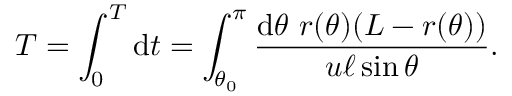
T = \int _ { 0 } ^ { T } \mathrm { d } t = \int _ { \theta _ { 0 } } ^ { \pi } \frac { \mathrm { d } \theta \ r ( \theta ) ( L - r ( \theta ) ) } { u \ell \sin \theta } .